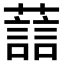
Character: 𫊂